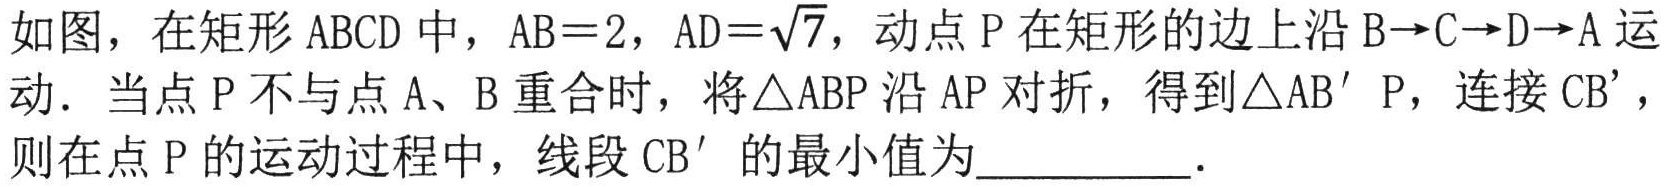
如图，在矩形 \(ABCD\) 中，\(AB = 2\)，\(AD=\sqrt{7}\)，动点 \(P\) 在矩形的边上沿 \(B\rightarrow C\rightarrow D\rightarrow A\) 运动．当点 \(P\) 不与点 \(A\)、\(B\) 重合时，将\(\triangle ABP\) 沿 \(AP\) 对折，得到\(\triangle AB'P\)，连接 \(CB'\)，则在点 \(P\) 的运动过程中，线段 \(CB'\) 的最小值为__________．